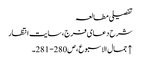
تفصیلی مطالعہ
شرح دعای فرج، سایت انتظار
↑ جمال الاسبوع، ص280- 281۔